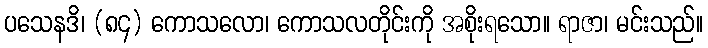
ပသေနဒိ၊ (၈၄) ကောသလော၊ ကောသလတိုင်းကို အစိုးရသော။ ရာဇာ၊ မင်းသည်။